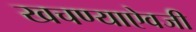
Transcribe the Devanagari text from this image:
खचण्याऐवजी